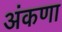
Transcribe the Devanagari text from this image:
अंकणा